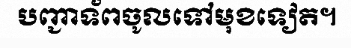
បញ្ជាទ័ពចូលទៅមុខទៀត។